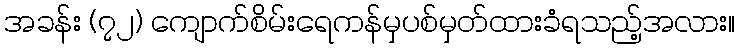
အခန်း (၇၂) ကျောက်စိမ်းရေကန်မှပစ်မှတ်ထားခံရသည့်အလား။